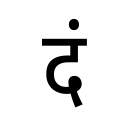
OCR:
दं